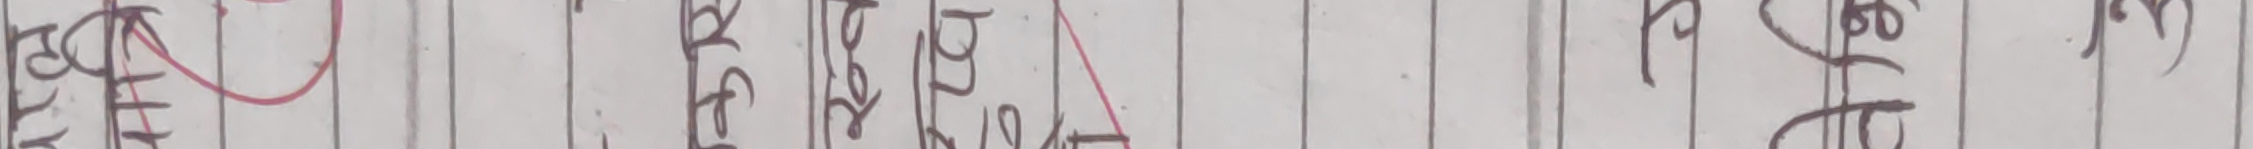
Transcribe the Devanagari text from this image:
बुझ्ने